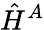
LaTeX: \hat{H}^{A}